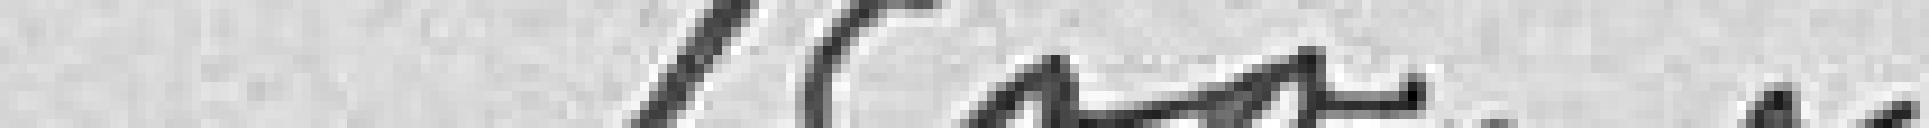
1500